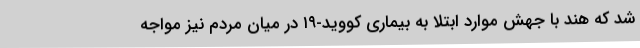
شد که هند با جهش موارد ابتلا به بیماری کووید-۱۹ در میان مردم نیز مواجه